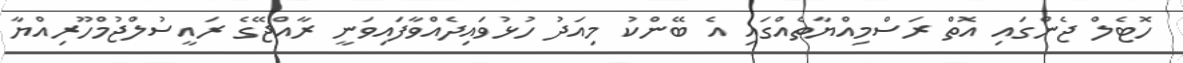
ހޮޓެލް ޖެންގައި އޮތް ރަސްމިއްޔާތެއްގައި އެ ބޭންކު މިއަދު ހުޅުވައިދެއްވާފައިވަނީ ރާއްޖޭގެ ރައީސުލްޖުމްހޫރިއްޔާ